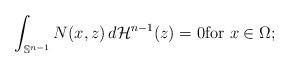
LaTeX: \begin{align*}\int _{\mathbb S^{n-1}}N(x, z)\, d\mathcal H^{n-1} (z) =0 \hbox{for $x \in \Omega$;}\end{align*}